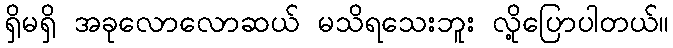
ရှိမရှိ အခုလောလောဆယ် မသိရသေးဘူး လို့ပြောပါတယ်။